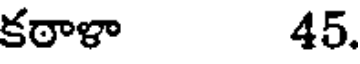
కఠాళా 45.